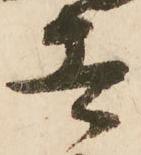
者